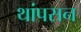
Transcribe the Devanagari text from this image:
थांपसन